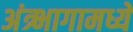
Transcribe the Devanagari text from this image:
अंत्र्भागामध्ये